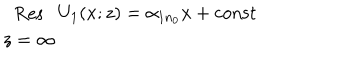
\begin{array} { c } { { \mathrm { R e s } } } \\ { { z = \infty } } \\ \end{array} U _ { 1 } ( x ; z ) = \alpha _ { 1 n _ { 0 } } x + \mathrm { c o n s t }